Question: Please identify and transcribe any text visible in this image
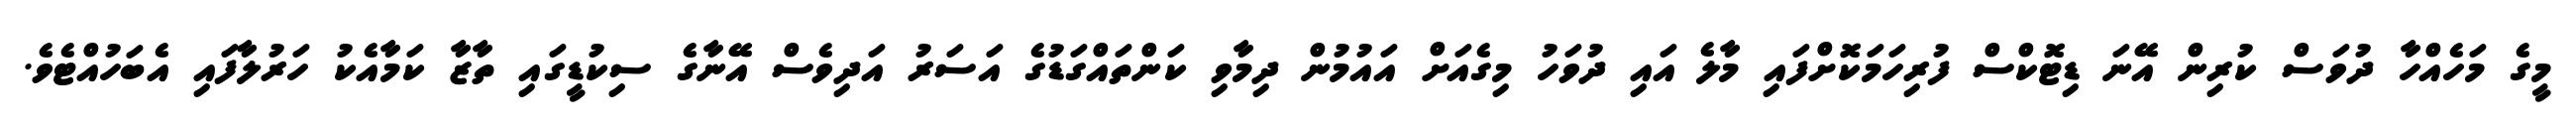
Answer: މީގެ މަހެއްހާ ދުވަސް ކުރިން އޭނަ ޑިޓޮކްސް ފުރިހަމަކޮށްފައި މާލެ އައި ދުވަހު މިގެއަށް އައުމުން ދިމާވި ކަންތައްގަޑުގެ އަސަރު އަދިވެސް އޭނާގެ ސިކުޑީގައި ތާޒާ ކަމާއެކު ހަރުލާފައި އެބަހުއްޓެވެ.